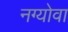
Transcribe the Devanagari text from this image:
नग्योवा